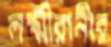
লক্ষ্মীরানীর